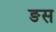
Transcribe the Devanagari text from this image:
ङस